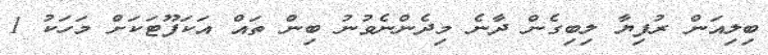
ބިލިއަން ރުފިޔާ ލިބިގެން ދާނެ މިދެންނެވުނު ބިން ތައް އަކަފޫޓަކަށް މަހަކު 1